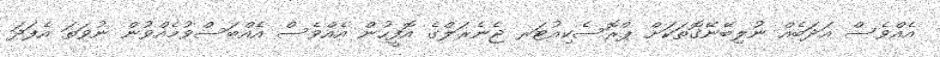
އެއްވެސް އަދަބެއް ނުލިބޭނޭގޮތަކަށް ޕްރޮސެކިއުޓަރ ޖެނެރަލްގެ އޮފީހުން އެއްވެސް އެއްބަސްވުމެއްވުން ނުވަތަ އެފަދަ